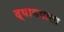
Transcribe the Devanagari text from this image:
द्यावयाला